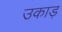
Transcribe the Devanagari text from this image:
उकाड़